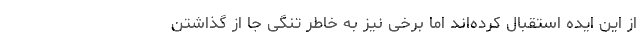
از این ایده استقبال کرده‌اند اما برخی نیز به خاطر تنگی جا از گذاشتن